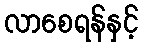
လာစေရန်နှင့်